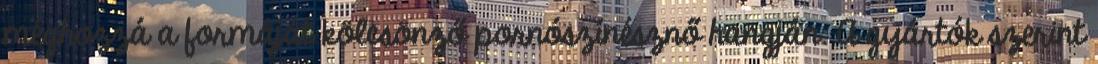
méghozzá a formáját kölcsönző pornószínésznő hangján. A gyártók szerint